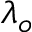
\lambda _ { o }